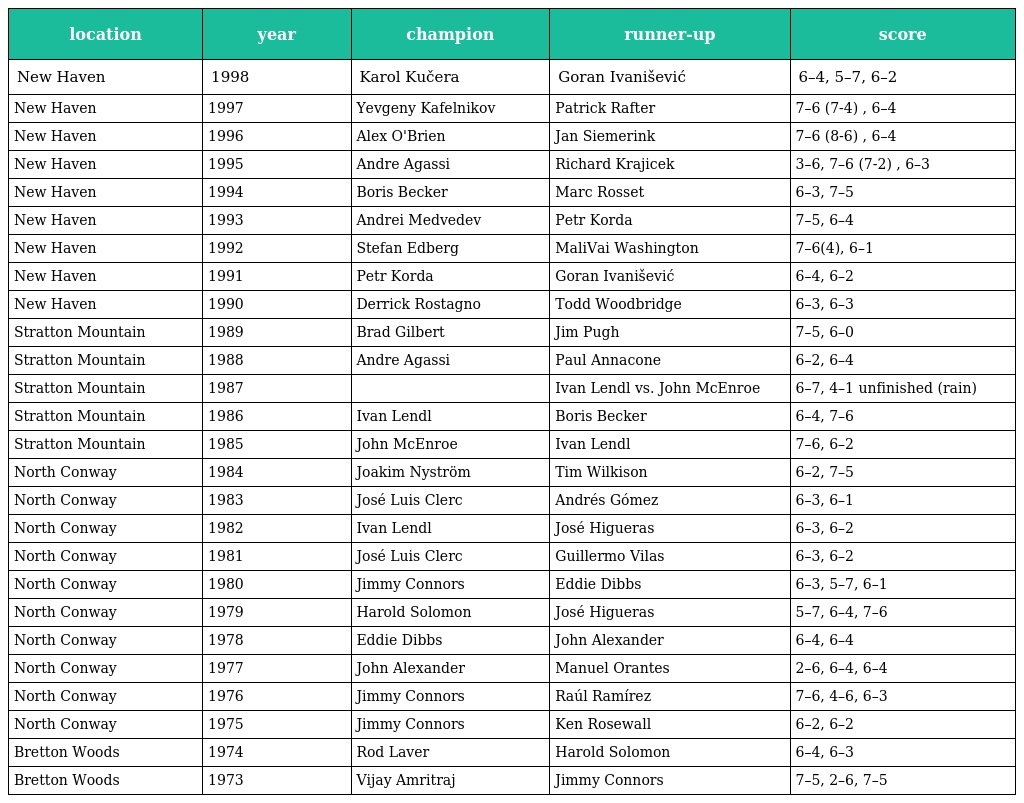
| location | year | champion | runner-up | score |
 | --- | --- | --- | --- | --- |
 | New Haven | 1998 | Karol Kučera | Goran Ivanišević | 6–4, 5–7, 6–2 |
 | New Haven | 1997 | Yevgeny Kafelnikov | Patrick Rafter | 7–6 (7-4) , 6–4 |
 | New Haven | 1996 | Alex O'Brien | Jan Siemerink | 7–6 (8-6) , 6–4 |
 | New Haven | 1995 | Andre Agassi | Richard Krajicek | 3–6, 7–6 (7-2) , 6–3 |
 | New Haven | 1994 | Boris Becker | Marc Rosset | 6–3, 7–5 |
 | New Haven | 1993 | Andrei Medvedev | Petr Korda | 7–5, 6–4 |
 | New Haven | 1992 | Stefan Edberg | MaliVai Washington | 7–6(4), 6–1 |
 | New Haven | 1991 | Petr Korda | Goran Ivanišević | 6–4, 6–2 |
 | New Haven | 1990 | Derrick Rostagno | Todd Woodbridge | 6–3, 6–3 |
 | Stratton Mountain | 1989 | Brad Gilbert | Jim Pugh | 7–5, 6–0 |
 | Stratton Mountain | 1988 | Andre Agassi | Paul Annacone | 6–2, 6–4 |
 | Stratton Mountain | 1987 |  | Ivan Lendl vs. John McEnroe | 6–7, 4–1 unfinished (rain) |
 | Stratton Mountain | 1986 | Ivan Lendl | Boris Becker | 6–4, 7–6 |
 | Stratton Mountain | 1985 | John McEnroe | Ivan Lendl | 7–6, 6–2 |
 | North Conway | 1984 | Joakim Nyström | Tim Wilkison | 6–2, 7–5 |
 | North Conway | 1983 | José Luis Clerc | Andrés Gómez | 6–3, 6–1 |
 | North Conway | 1982 | Ivan Lendl | José Higueras | 6–3, 6–2 |
 | North Conway | 1981 | José Luis Clerc | Guillermo Vilas | 6–3, 6–2 |
 | North Conway | 1980 | Jimmy Connors | Eddie Dibbs | 6–3, 5–7, 6–1 |
 | North Conway | 1979 | Harold Solomon | José Higueras | 5–7, 6–4, 7–6 |
 | North Conway | 1978 | Eddie Dibbs | John Alexander | 6–4, 6–4 |
 | North Conway | 1977 | John Alexander | Manuel Orantes | 2–6, 6–4, 6–4 |
 | North Conway | 1976 | Jimmy Connors | Raúl Ramírez | 7–6, 4–6, 6–3 |
 | North Conway | 1975 | Jimmy Connors | Ken Rosewall | 6–2, 6–2 |
 | Bretton Woods | 1974 | Rod Laver | Harold Solomon | 6–4, 6–3 |
 | Bretton Woods | 1973 | Vijay Amritraj | Jimmy Connors | 7–5, 2–6, 7–5 |